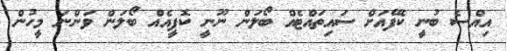
އިއްސެ ބުނީ ކެފޭއަށް ސައިތައްޓެއް ބޯލަން ނޫނީ ކޮފީއެއް ބޯލަން ވަންނަ މީހުން